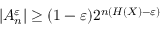
\left| A _ { n } ^ { \varepsilon } \right| \geq ( 1 - \varepsilon ) 2 ^ { n ( H ( X ) - \varepsilon ) }